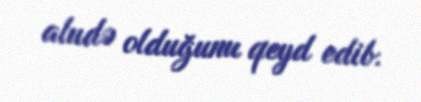
aludə olduğunu qeyd edib.